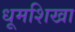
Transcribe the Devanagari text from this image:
धूमशिखा